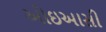
ઓઇઆસી